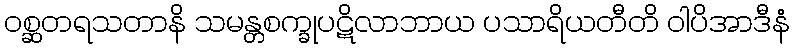
ဝစ္ဆတရသတာနိ သမန္တစက္ခုပဋိလာဘာယ ပသာရိယတီတိ ဝါပိအာဒီနံ